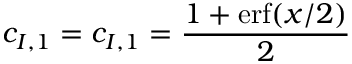
c _ { I , 1 } = c _ { I , 1 } = \frac { 1 + \mathrm { e r f } ( x / 2 ) } { 2 }